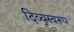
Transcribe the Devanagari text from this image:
दिव्यस्वरूप